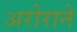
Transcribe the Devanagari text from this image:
अरोराने